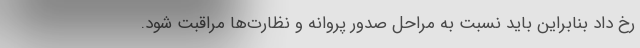
رخ داد بنابراین باید نسبت به مراحل صدور پروانه و نظارت‌ها مراقبت شود.